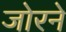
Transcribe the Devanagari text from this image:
जोरने